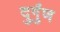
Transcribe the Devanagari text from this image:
दुर्गुंण